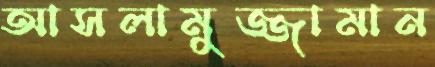
আসলামুজ্জামান